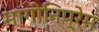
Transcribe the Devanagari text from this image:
भागीनिप्रेम